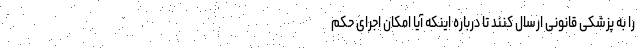
را به پزشکی قانونی ارسال کنند تا درباره اینکه آیا امکان اجرای حکم